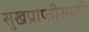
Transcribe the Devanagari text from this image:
सुखप्राप्तीसाठी